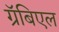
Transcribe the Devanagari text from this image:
ग्रॅबिएल